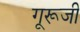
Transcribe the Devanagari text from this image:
गूरूजी